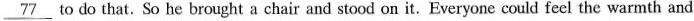
\underline{77} to do that.So he brought a chair and stood on it.Everyone could feel the warmth and